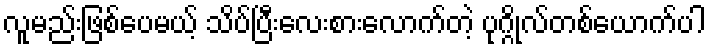
လူမည်းဖြစ်ပေမယ့် သိပ်ပြီးလေးစားလောက်တဲ့ ပုဂ္ဂိုလ်တစ်ယောက်ပါ